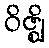
ဝိဇ္ဈိ